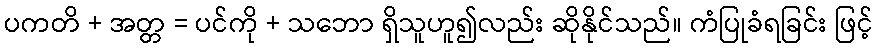
ပကတိ + အတ္တ = ပင်ကို + သဘော ရှိသူဟူ၍လည်း ဆိုနိုင်သည်။ ကံပြုခံရခြင်း ဖြင့်